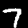
Label: 7